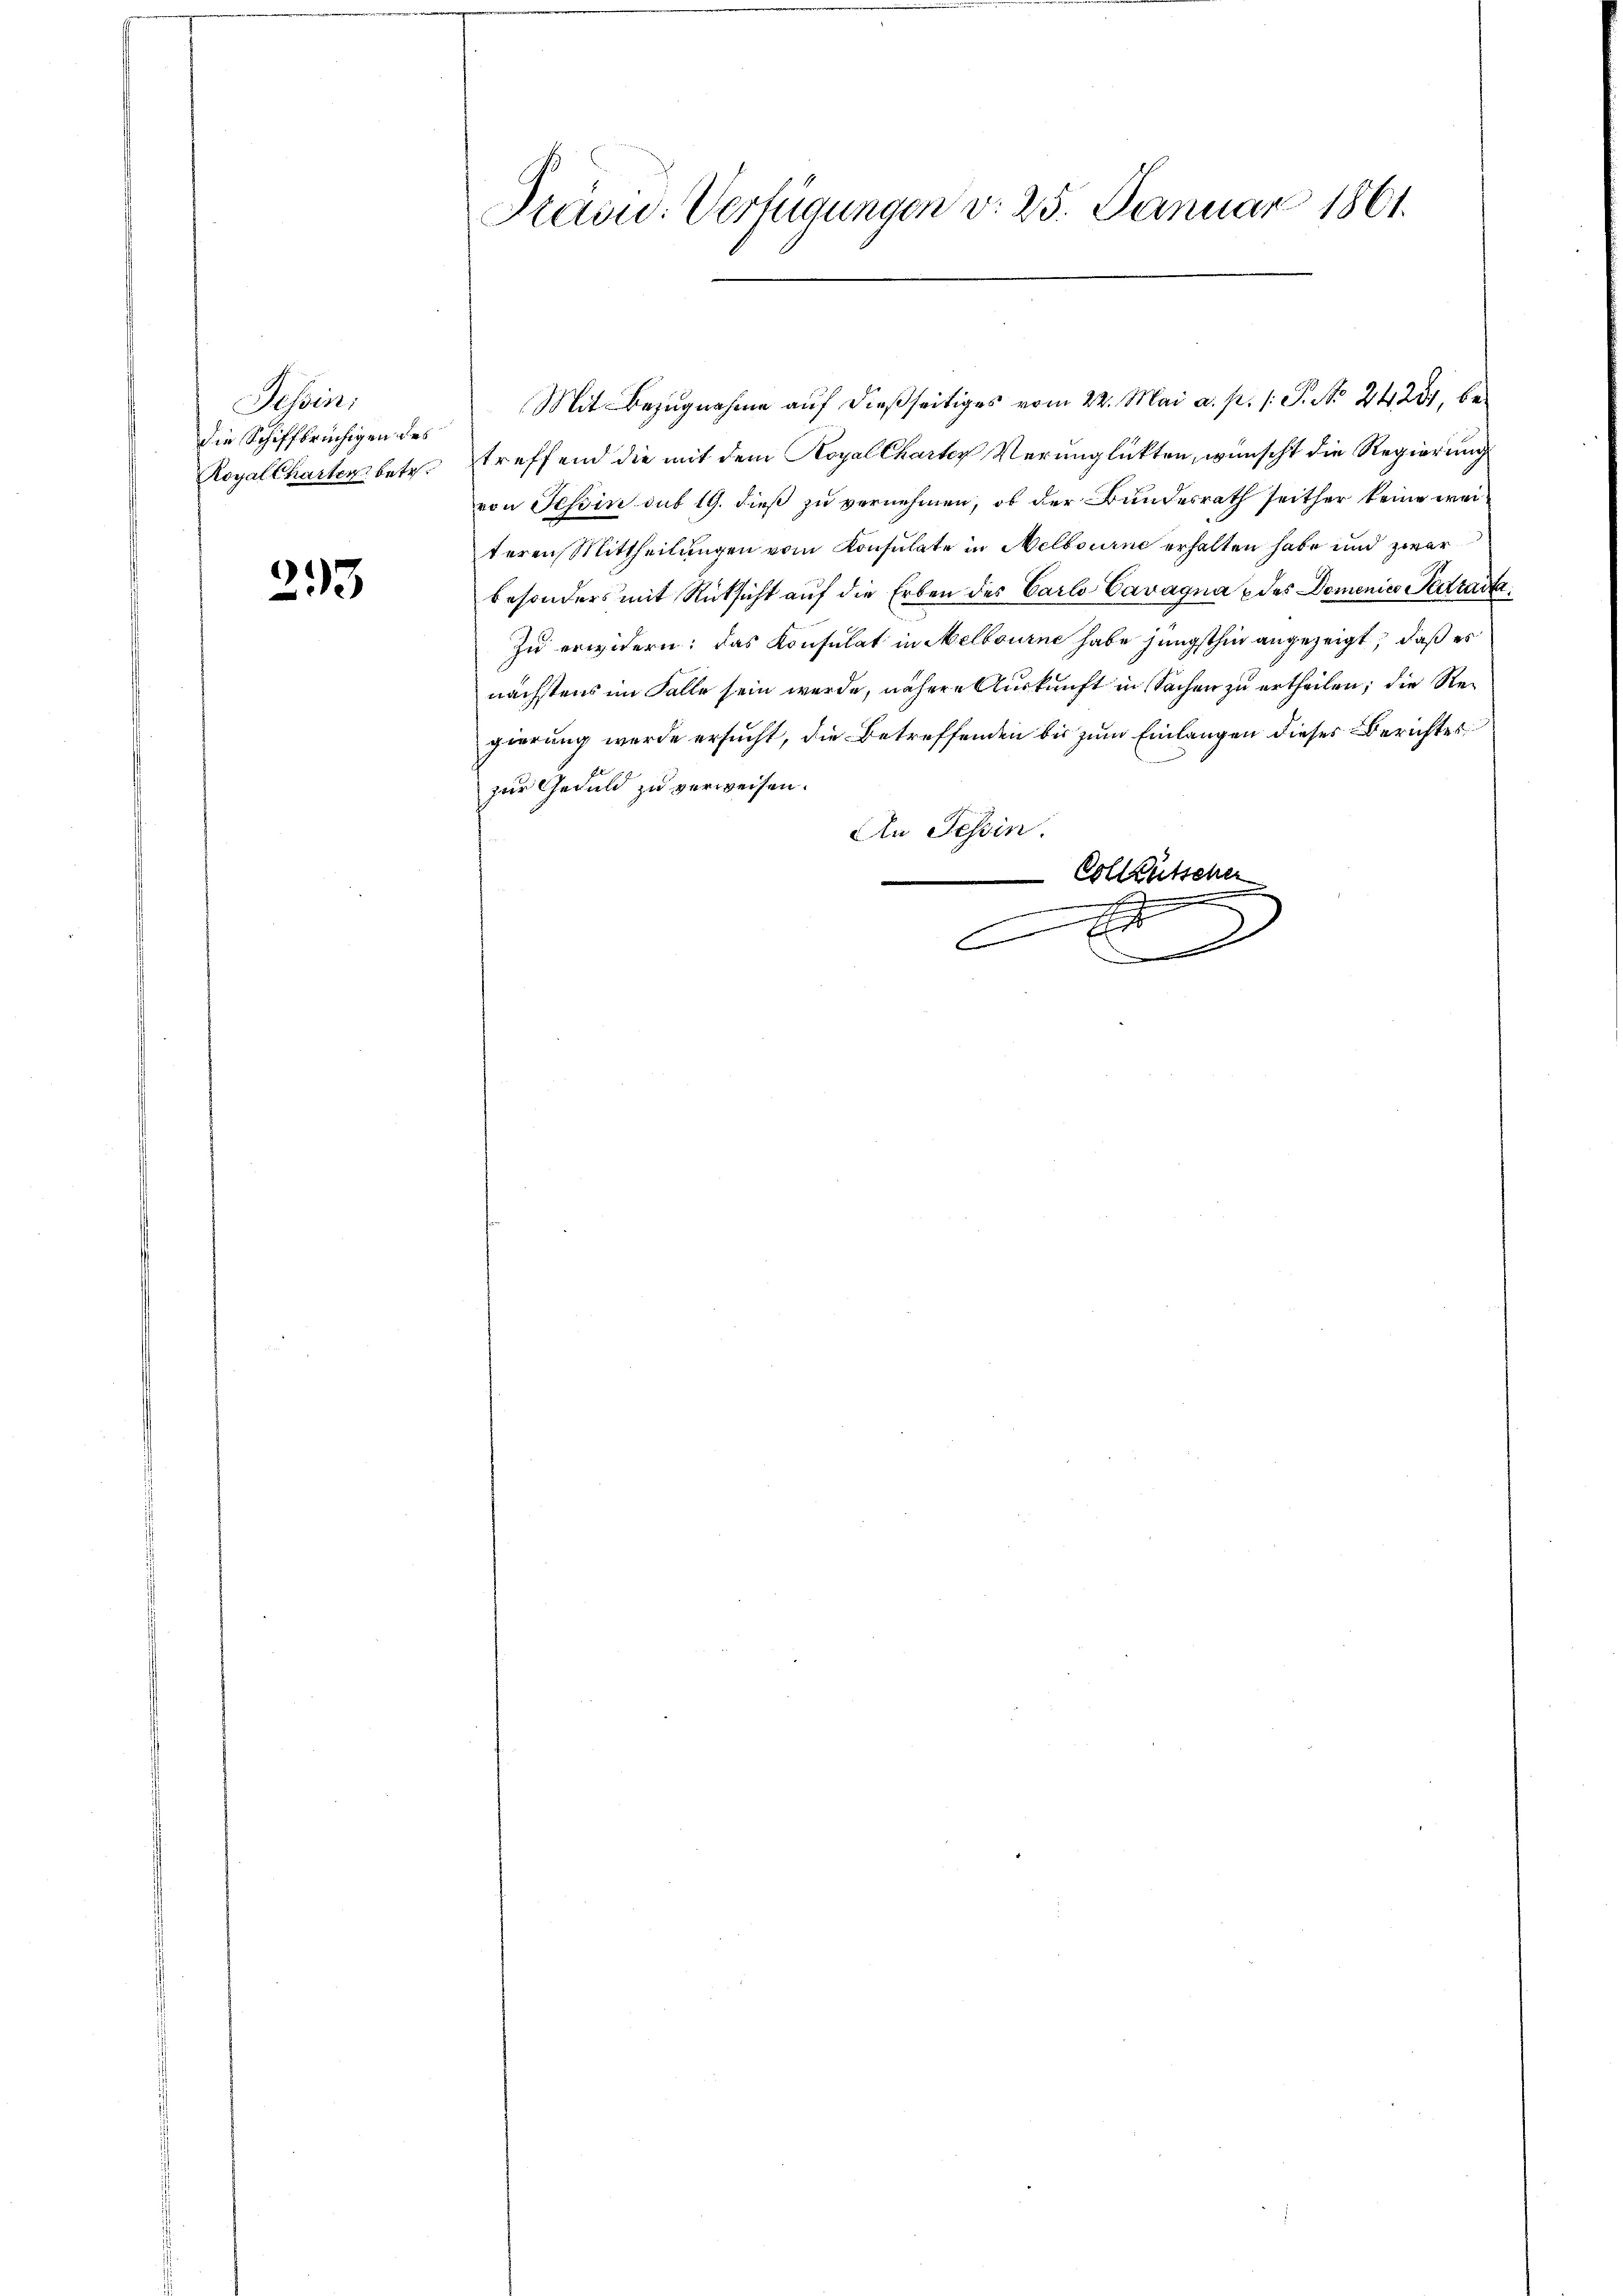
Tessin:
die Schiffbrüchigen des

293

Stain. Verfügungen v. 25. Januar 1861.
I

Royal Charterbetr. treffend die mit dem Koyal Charter Verunglükten, wünscht die Regierung
von Tessin sub 19. dieß zu vernehmen, ob der Bundesrath seither keine weiteren Mittheilungen vom Konsulate in Melbourne erhalten habe und zwar
besonders mit Rücksicht auf die Erben des Carlo Cavagna & des Domenico Pedraita
Zu erwidern: das Konsulat in Melbourne habe jüngsthin angezeigt, daß es
nächstens im Falle sein werde, nähere Auskunft in Sachen zu ertheilen; die Regierung werde ersucht, die Betreffenden bis zum Einlangen dieses Berichtes
zur Geduld zu verweisen.
An Tessin.
Colleütscher
.
A
x

Mit Bezugnahme auf dießseitiges vom 22. Mai a. p. 1. P. No. 2428, be¬